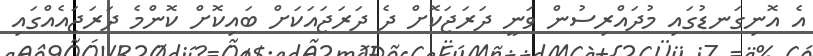
އެ އޮނިގަނޑުގައި މުދައްރިސުން ވަނީ ދަރަޖަކޮށް ދެ ދަރަޖައަކަށް ބައިކޮށް ކޮންމެ ދަރަޖައެއްގައި